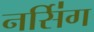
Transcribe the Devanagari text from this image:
नर्सि॑ग